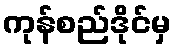
ကုန်စည်ဒိုင်မှ